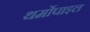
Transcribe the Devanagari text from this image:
थर्मोपाइल